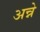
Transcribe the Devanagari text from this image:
अन्ने